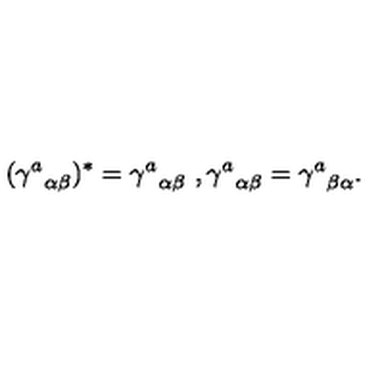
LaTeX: ( { \gamma ^ { a } } _ { \alpha \beta } ) ^ { \ast } = { \gamma ^ { a } } _ { \alpha \beta } \ , { \gamma ^ { a } } _ { \alpha \beta } = { \gamma ^ { a } } _ { \beta \alpha } .